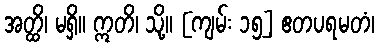
အတ္ထိ၊ မရှိ။ ဣတိ၊ သို့။ [ကျမ်း ၁၅] ဧတပရမတံ၊